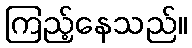
ကြည့်နေသည်။